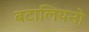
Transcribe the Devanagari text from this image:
बटालियनो